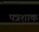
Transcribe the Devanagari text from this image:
पत्रशाक